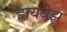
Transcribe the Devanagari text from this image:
हायवेझ